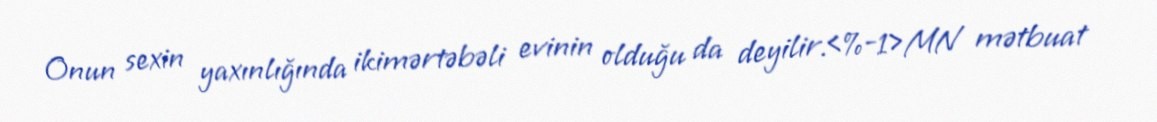
Onun sexin yaxınlığında ikimərtəbəli evinin olduğu da deyilir.<%-1>MN mətbuat